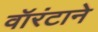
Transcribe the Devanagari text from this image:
वॉरंटाने